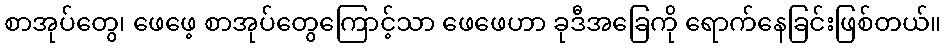
စာအုပ်တွေ၊ ဖေဖေ့ စာအုပ်တွေကြောင့်သာ ဖေဖေဟာ ခုဒီအခြေကို ရောက်နေခြင်းဖြစ်တယ်။